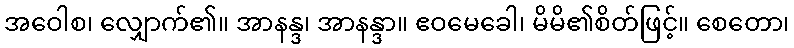
အဝေါစ၊ လျှောက်၏။ အာနန္ဒ၊ အာနန္ဒာ။ ဧဝမေခေါ၊ မိမိ၏စိတ်ဖြင့်။ စေတော၊